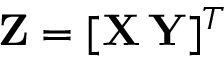
{ \bf Z } = [ { \bf X } \, { \bf Y } ] ^ { T }